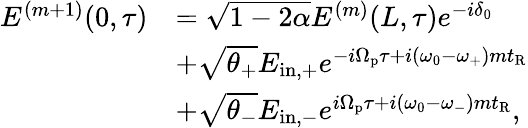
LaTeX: \begin{array}{rl}{E^{(m+1)}(0,\tau)}&{=\sqrt{1-2\alpha}E^{(m)}(L,\tau)e^{-i\delta_{0}}}\\ &{+\sqrt{\theta_{+}}E_{\mathrm{in,+}}e^{-i\Omega_{\mathrm{p}}\tau+i(\omega_{0}-\omega_{+})mt_{\mathrm{R}}}}\\ &{+\sqrt{\theta_{-}}E_{\mathrm{in,-}}e^{i\Omega_{\mathrm{p}}\tau+i(\omega_{0}-\omega_{-})mt_{\mathrm{R}}},}\end{array}